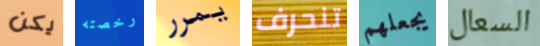
يكن رخصته يمرر تنحرف يجعلهم السعال